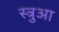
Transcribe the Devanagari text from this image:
स्त्रुआ